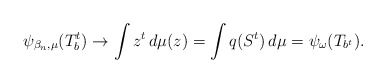
\begin{align*}\psi_{\beta_n,\mu}(T_b^t)\to \int z^t\,d\mu(z)=\int q(S^t)\,d\mu=\psi_\omega(T_{b^t}).\end{align*}